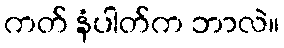
ကတ် နံပါတ်က ဘာလဲ။